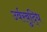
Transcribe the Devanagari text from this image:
उर्वरबुद्धि